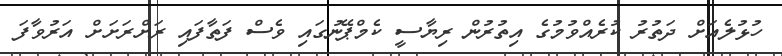
ހުޅުލެއަށް ދަތުރު ކުރެއްވުމުގެ އިތުރުން ރިޔާސީ ކެމްޕޭނުގައި ވެސް ފަތާފައި ރަށްރަށަށް އަރުވާފަ